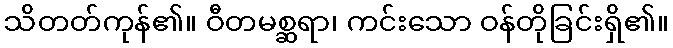
သိတတ်ကုန်၏။ ဝီတမစ္ဆရာ၊ ကင်းသော ဝန်တိုခြင်းရှိ၏။